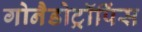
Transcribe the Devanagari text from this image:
गोनैडोट्रॉपिंस